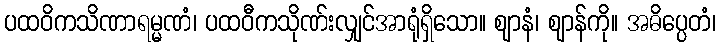
ပထဝိကသိဏာရမ္မဏံ၊ ပထဝီကသိုဏ်းလျှင်အာရုံရှိသော။ ဈာနံ၊ ဈာန်ကို။ အဓိပ္ပေတံ၊